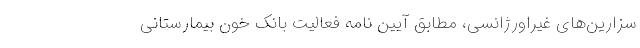
سزارین‌های غیراورژانسی، مطابق آیین نامه فعالیت بانک خون بیمارستانی